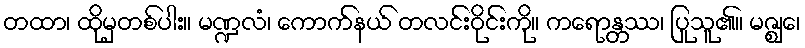
တထာ၊ ထိုမှတစ်ပါး။ မဏ္ဍလံ၊ ကောက်နယ် တလင်းဝိုင်းကို။ ကရောန္တဿ၊ ပြုသူ၏။ မဇ္ဈေ၊